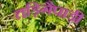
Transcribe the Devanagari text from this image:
तड़िगैपाड़ी